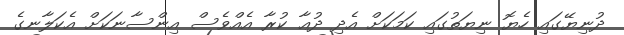
ދުނިޔޭގައި ހެޔޮ ނިޔަތުގައި ކަމަކަށް އެދި ދުޢާ ކުރާ އެއްވެސް އިންސާނަކަށް އެކަލާނގެ